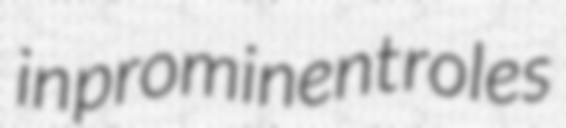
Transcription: in prominent roles